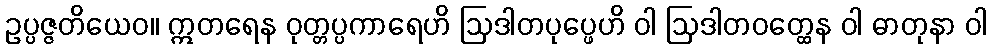
ဥပ္ပဇ္ဇတိယေဝ။ ဣတရေန ဝုတ္တပ္ပကာရေဟိ ဩဒါတပုပ္ဖေဟိ ဝါ ဩဒါတဝတ္ထေန ဝါ ဓာတုနာ ဝါ